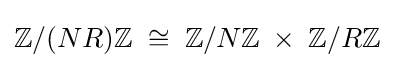
\mathbb {Z} /(NR)\mathbb {Z} \;\cong \;\mathbb {Z} /N\mathbb {Z} \;\times \;\mathbb {Z} /R\mathbb {Z}